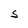
Character: S